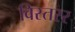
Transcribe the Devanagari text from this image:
विस्तरर